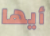
أيها